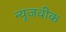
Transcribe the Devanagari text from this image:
न्‍यूजवीक